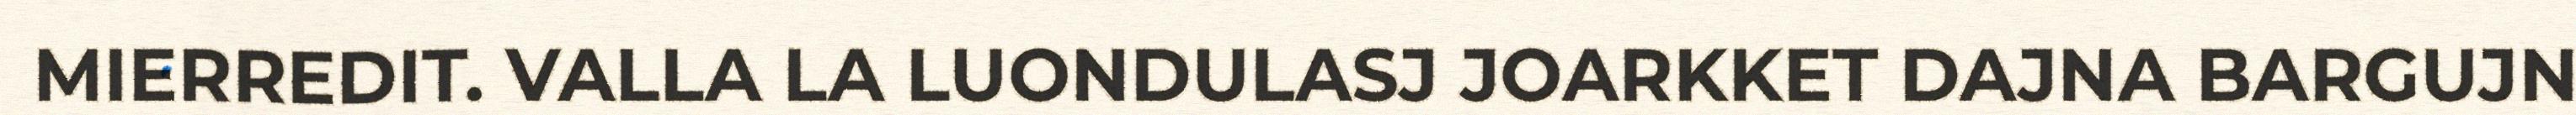
MIERREDIT. VALLA LA LUONDULASJ JOARKKET DAJNA BARGUJN